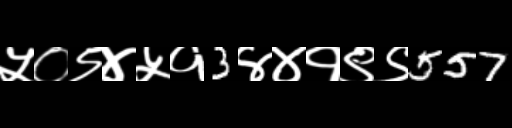
Text: ५०९४५१3४४१९९557